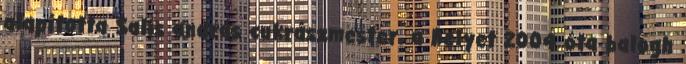
alapította Salis andrás cukrászmester. a helyet 2004 óta balogh